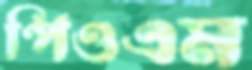
পিওএম